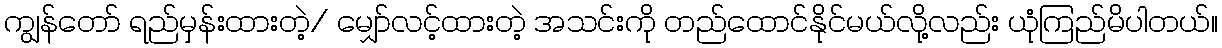
ကျွန်တော် ရည်မှန်းထားတဲ့/ မျှော်လင့်ထားတဲ့ အသင်းကို တည်ထောင်နိုင်မယ်လို့လည်း ယုံကြည်မိပါတယ်။